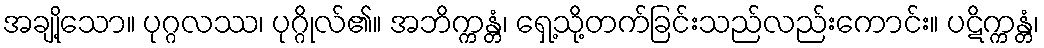
အချို့သော။ ပုဂ္ဂလဿ၊ ပုဂ္ဂိုလ်၏။ အဘိက္ကန္တံ၊ ရှေ့သို့တက်ခြင်းသည်လည်းကောင်း။ ပဋိက္ကန္တံ၊